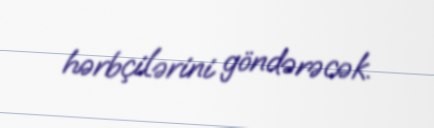
hərbçilərini göndərəcək.